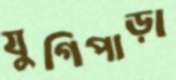
যুগিপাড়া